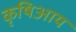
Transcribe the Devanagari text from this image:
कृषिआय